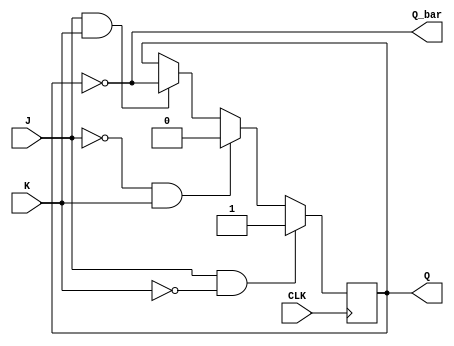
module JKFlipFlop (
    input J, // set input
    input K, // reset input
    input CLK, // clock signal
    output reg Q, // output
    output reg Q_bar // complement of Q
);

reg next_Q; // next state of the flip-flop

always @(posedge CLK) begin
    if (J & ~K) begin // if J is high and K is low, set Q to 1
        next_Q <= 1;
    end else if (~J & K) begin // if J is low and K is high, set Q to 0
        next_Q <= 0;
    end else if (J & K) begin // if both J and K are high, toggle Q
        next_Q <= ~Q;
    end else begin // if both J and K are low, maintain current state
        next_Q <= Q;
    end
end

assign Q = next_Q; // output Q
assign Q_bar = ~next_Q; // output Q_bar

endmodule